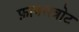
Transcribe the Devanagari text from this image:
फ़ाक्सत्रोट